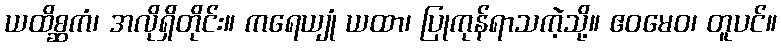
ယထိစ္ဆကံ၊ အလိုရှိတိုင်း။ ကရေယျုံ ယထာ၊ ပြုကုန်ရာသကဲ့သို့။ ဧဝမေဝ၊ တူပင်။